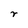
Character: r